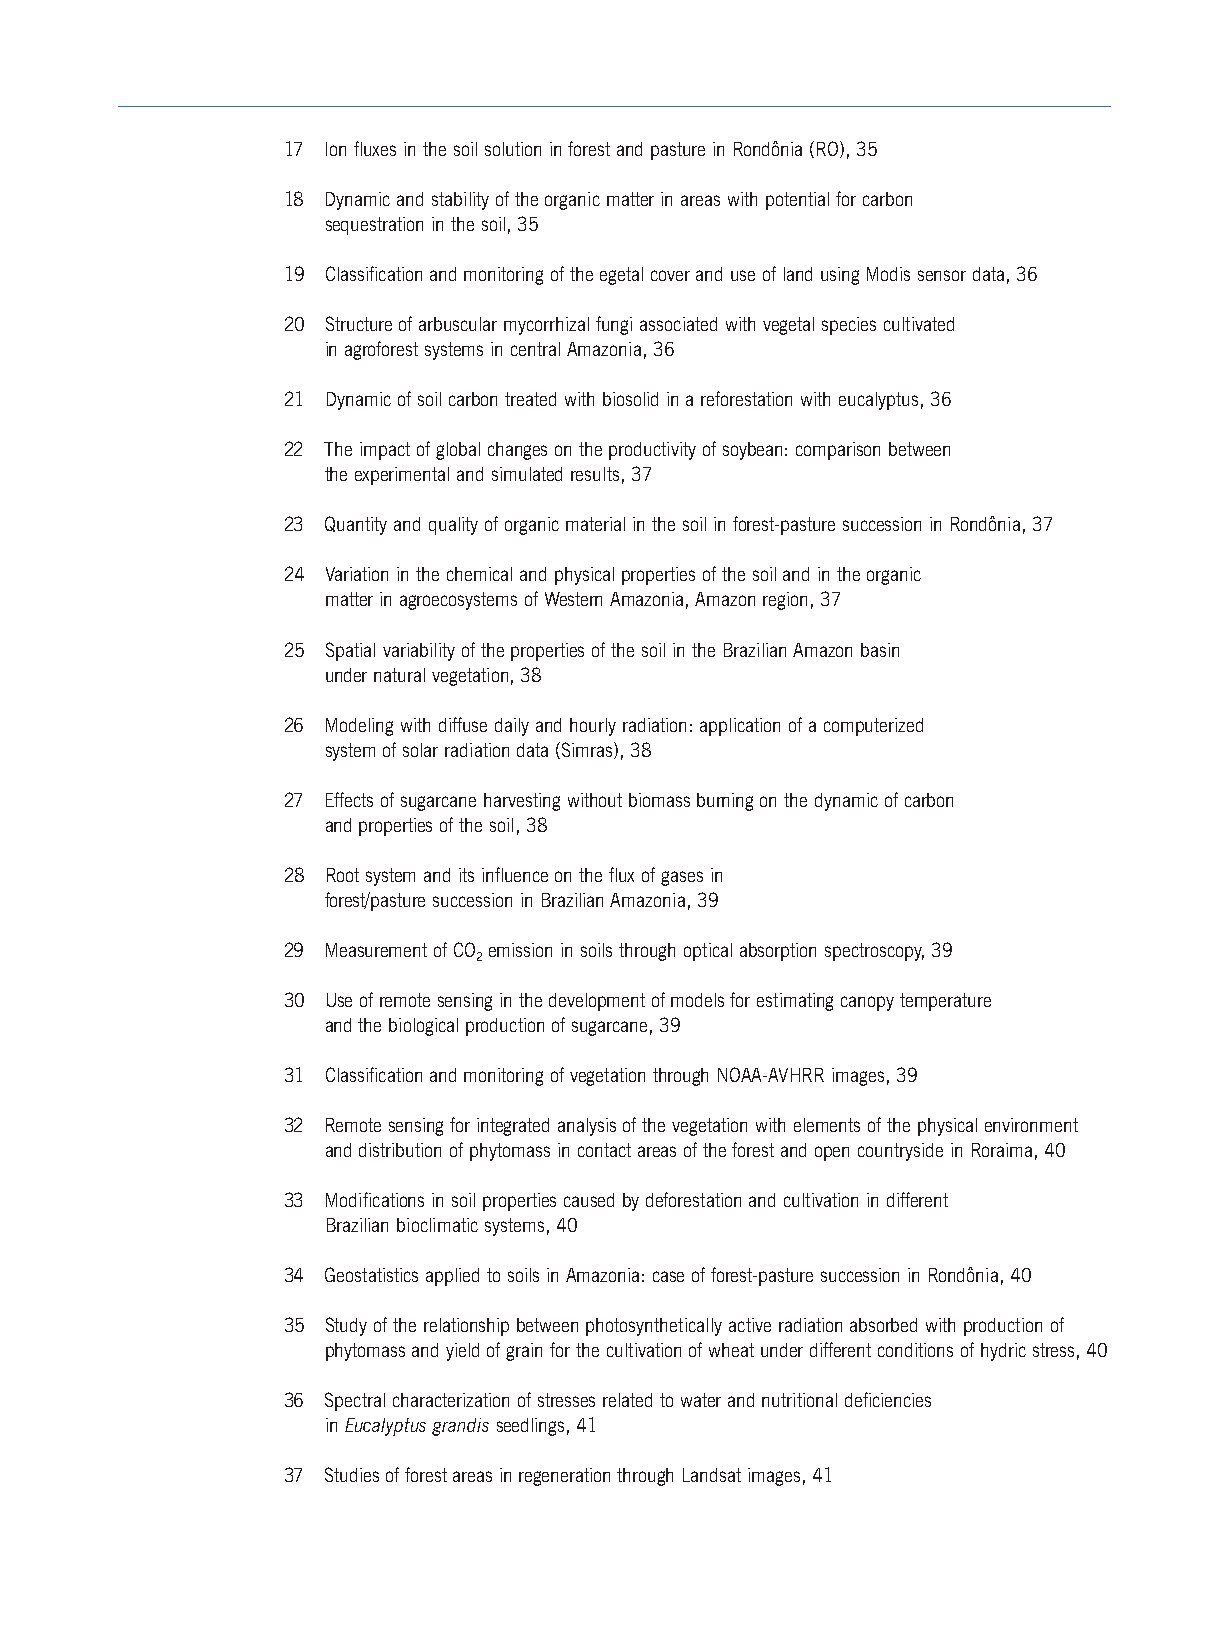
17 Ion fluxes in the soil solution in forest and pasture in Rondônia (RO), 35
 18 Dynamic and stability of the organic matter in areas with potential for carbon
 sequestration in the soil, 35
 19 Classification and monitoring of the egetal cover and use of land using Modis sensor data, 36
 20 Structure of arbuscular mycorrhizal fungi associated with vegetal species cultivated
 in agroforest systems in central Amazonia, 36
 21 Dynamic of soil carbon treated with biosolid in a reforestation with eucalyptus, 36
 22 The impact of global changes on the productivity of soybean: comparison between
 the experimental and simulated results, 37
 23 Quantity and quality of organic material in the soil in forest-pasture succession in Rondônia, 37
 24 Variation in the chemical and physical properties of the soil and in the organic
 matter in agroecosystems of Western Amazonia, Amazon region,37
 25 Spatial variability of the properties of the soil in the Brazilian Amazon basin
 under natural vegetation,38
 26 Modeling with diffuse daily and hourly radiation: application of a computerized
 system of solar radiation data (Simras), 38
 27 Effects of sugarcane harvesting without biomass burning on the dynamic of carbon
 and properties of the soil, 38
 28 Root system and its influence on the flux of gases in
 forest/pasture succession in Brazilian Amazonia, 39
 29 Measurement of CO emission in soils through optical absorption spectroscopy, 39
 2
 30 Use of remote sensing in the development of models for estimating canopy temperature
 and the biological production of sugarcane, 39
 31 Classification and monitoring of vegetation through NOAA-AVHRR images, 39
 32 Remote sensing for integrated analysis of the vegetation with elements of the physical environment
 and distribution of phytomass in contact areas of the forest and open countryside in Roraima, 40
 33 Modifications in soil properties caused by deforestation and cultivation in different
 Brazilian bioclimatic systems, 40
 34 Geostatistics applied to soils in Amazonia: case of forest-pasture succession in Rondônia, 40
 35 Study of the relationship between photosynthetically active radiation absorbed with production of
 phytomass and yield of grain for the cultivation of wheat under different conditions of hydric stress, 40
 36 Spectral characterization of stresses related to water and nutritional deficiencies
 in Eucalyptus grandisseedlings, 41
 37 Studies of forest areas in regeneration through Landsat images, 41